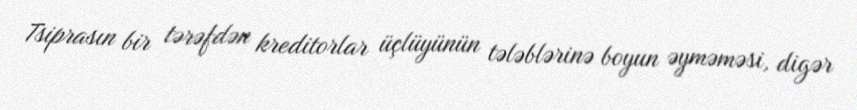
Tsiprasın bir tərəfdən kreditorlar üçlüyünün tələblərinə boyun əyməməsi, digər